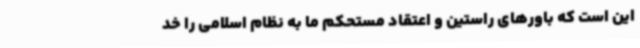
این است که باورهای راستین و اعتقاد مستحکم ما به نظام اسلامی را خد